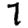
Digit: 7